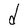
Character: d